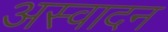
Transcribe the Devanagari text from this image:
अस्वादन